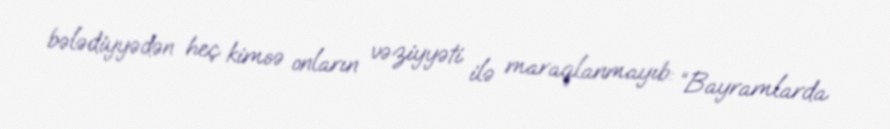
bələdiyyədən heç kimsə onların vəziyyəti ilə maraqlanmayıb: “Bayramlarda